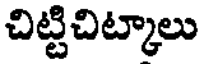
చిట్టిచిట్కాలు